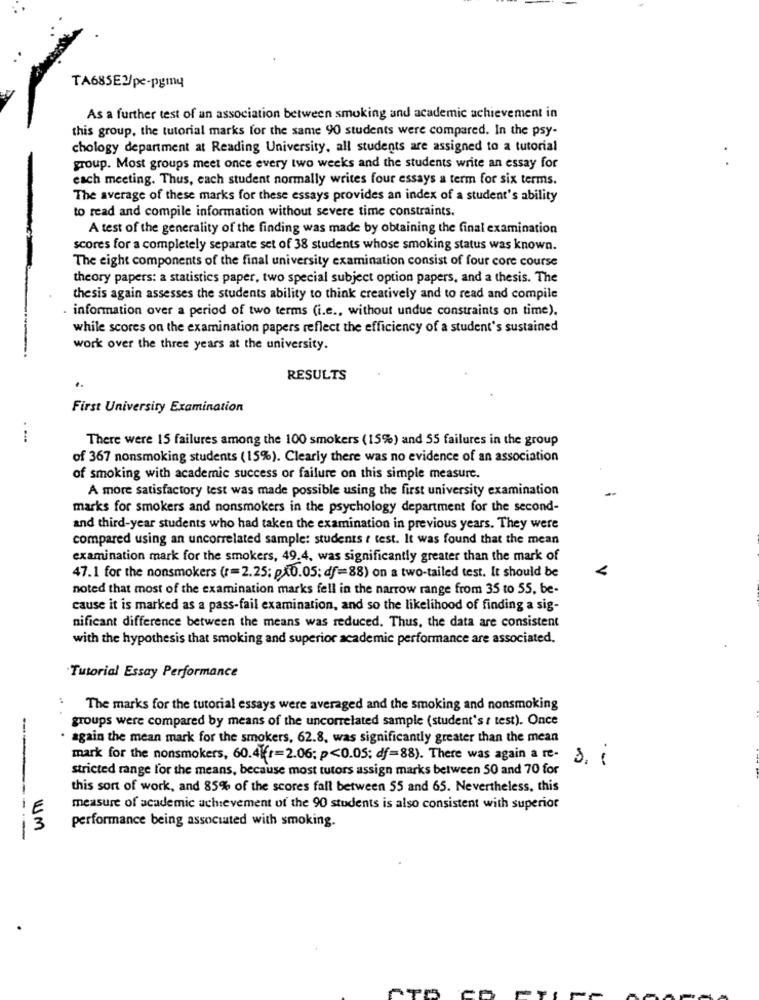
TA685E2/pe-pgmy
As a further test of an association between smoking and academic achievement in
this group, the tutorial marks for the same 90 students were compared. In the psy-
chology department at Reading University, all students are assigned to a tutorial
group. Most groups meet once every two weeks and the students write an essay for
each meeting. Thus, each student normally writes four essays a term for six terms.
The average of these marks for these essays provides an index of a student's ability
to read and compile information without severe time constraints.
A test of the generality of the finding was made by obtaining the final examination
scores for a completely separate set of 38 students whose smoking status was known.
The eight components of the final university examination consist of four core course
theory papers: a statistics paper, two special subject option papers, and a thesis. The
thesis again assesses the students ability to think creatively and to read and compile
information over a period of two terms (i.e ., without undue constraints on time).
while scores on the examination papers reflect the efficiency of a student's sustained
work over the three years at the university.
RESULTS
First University Examination
.-
There were 15 failures among the 100 smokers (15%) and 55 failures in the group
of 367 nonsmoking students (15%). Clearly there was no evidence of an association
of smoking with academic success or failure on this simple measure.
A more satisfactory test was made possible using the first university examination
marks for smokers and nonsmokers in the psychology department for the second-
and third-year students who had taken the examination in previous years. They were
compared using an uncorrelated sample: students t test. It was found that the mean
examination mark for the smokers, 49.4, was significantly greater than the mark of
47.1 for the nonsmokers (r=2.25; px0.05; df=88) on a two-tailed test. It should be
noted that most of the examination marks fell in the narrow range from 35 to 55, be-
cause it is marked as a pass-fail examination, and so the likelihood of finding a sig-
nificant difference between the means was reduced. Thus, the data are consistent
with the hypothesis that smoking and superior academic performance are associated.
Tutorial Essay Performance
The marks for the tutorial essays were averaged and the smoking and nonsmoking
groups were compared by means of the uncorrelated sample (student's t test). Once
again the mean mark for the smokers, 62.8, was significantly greater than the mean
mark for the nonsmokers, 60.41r=2.06; p<0.05; df=88). There was again a re-
8. 1
stricted range for the means, because most tutors assign marks between 50 and 70 for
this sort of work, and 85% of the scores fall between 55 and 65. Nevertheless, this
measure of academic achievement of the 90 students is also consistent with superior
um
performance being associated with smoking.
-------